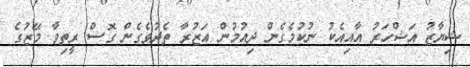
ޝިޔާޒު އަޝްހަރު އާއިއެކު ނުކުމެގެން ދިއުމުން އަޒުރާ ތެދުވެގެން ގޮސް ރީތިވާ މޭޒުގެ